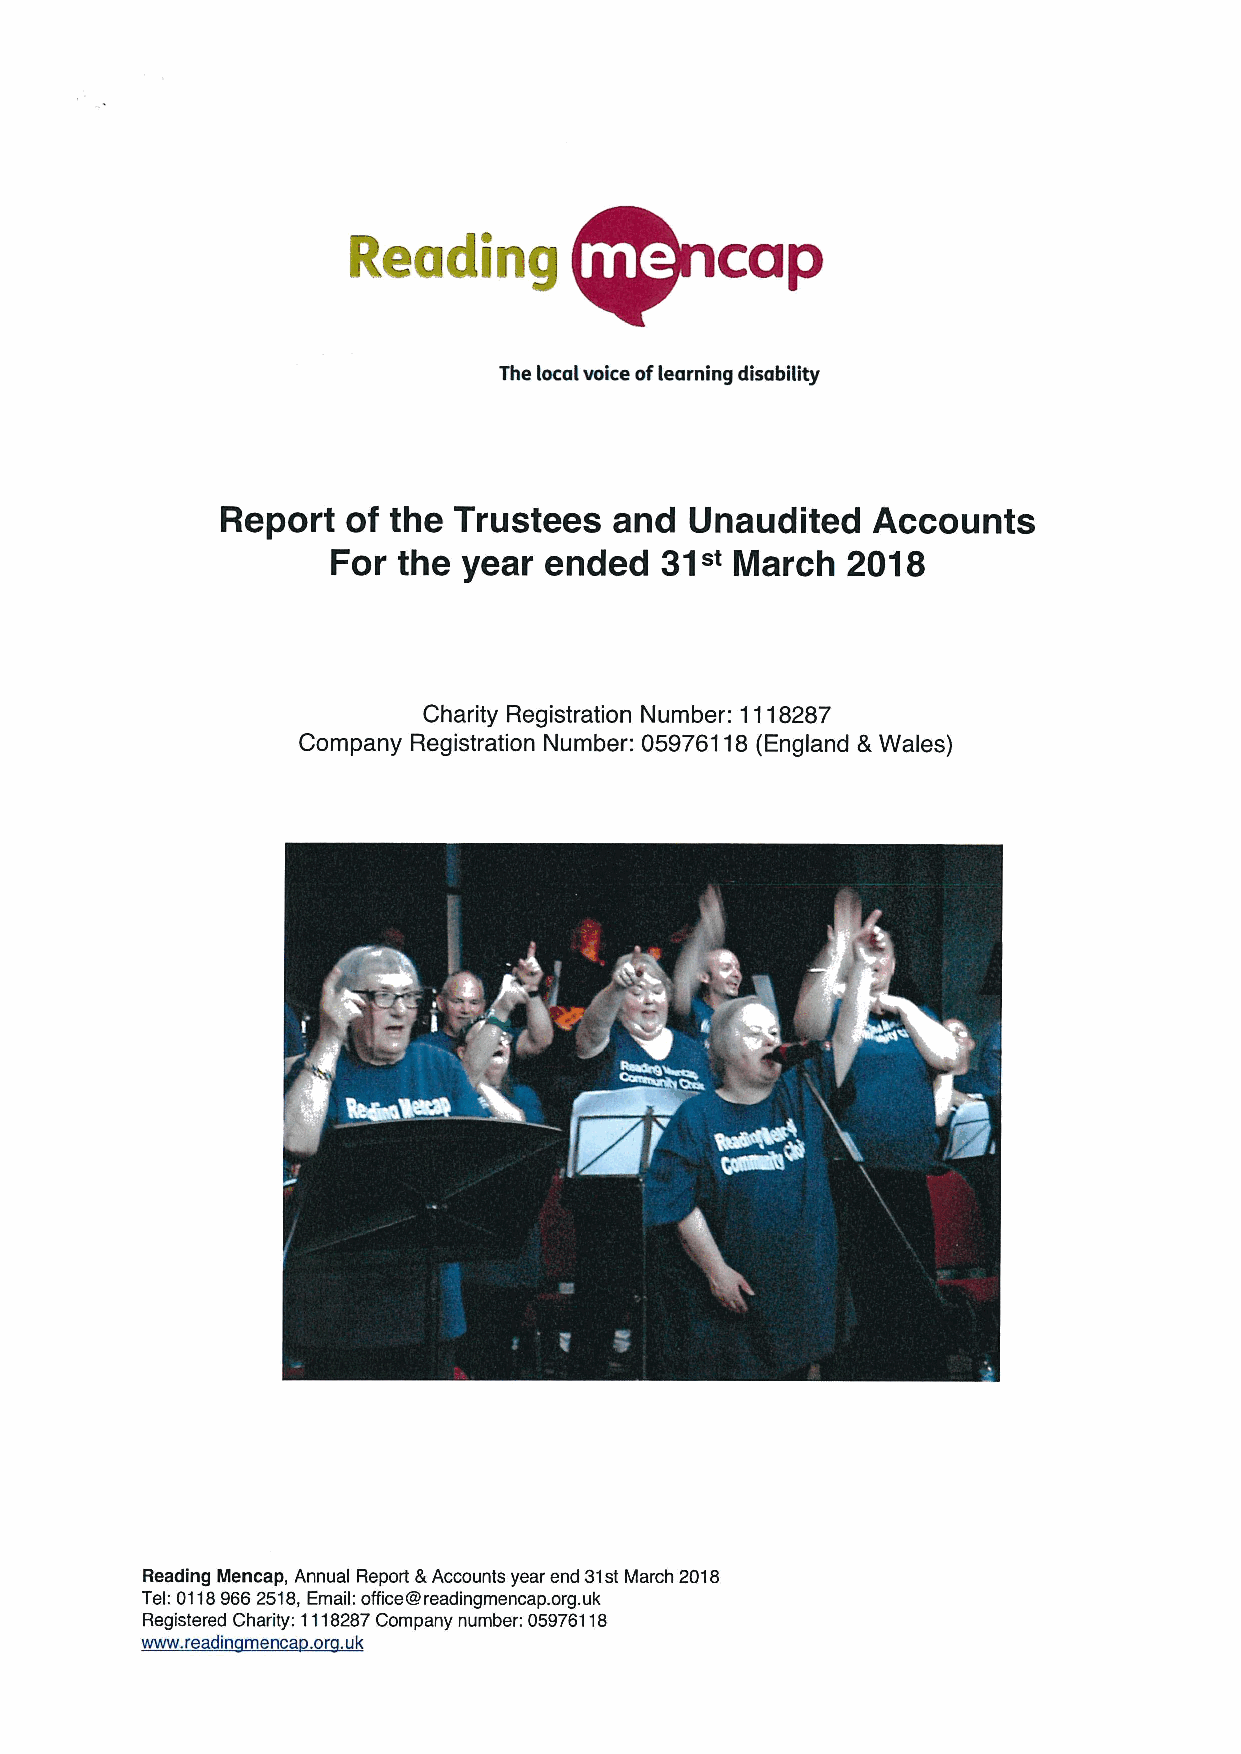
The local voice oflearning disability
 Report  of the Trustees   and  Unaudited   Accounts
 31"
 For the  year ended        March  2018
 Charity Registration Number: 1118287
 Company Registration Number: 05976118(England 8 Wales)
 Reading Mencap, Annual Report 8 Accounts year end 31stMarch 2018
 Tel:01189662518,Email: office@readingmencap. org.uk
 Registered Charity: 1118287Company number: 05976118
 www readin menca or uk